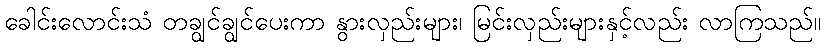
ခေါင်းလောင်းသံ တချွင်ချွင်ပေးကာ နွားလှည်းများ၊ မြင်းလှည်းများနှင့်လည်း လာကြသည်။